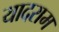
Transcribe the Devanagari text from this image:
यादराम